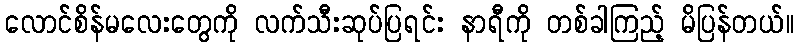
လောင်စိန်မလေးတွေကို လက်သီးဆုပ်ပြရင်း နာရီကို တစ်ခါကြည့် မိပြန်တယ်။